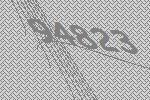
94823